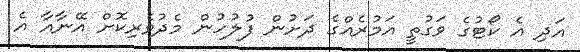
އަދި އެ ކޯޓުގެ ވަގުތީ އަމުރެއްގެ ދަށުން ފުލުހުން މެދުވެރިކޮށް އޭނާއާ އެ